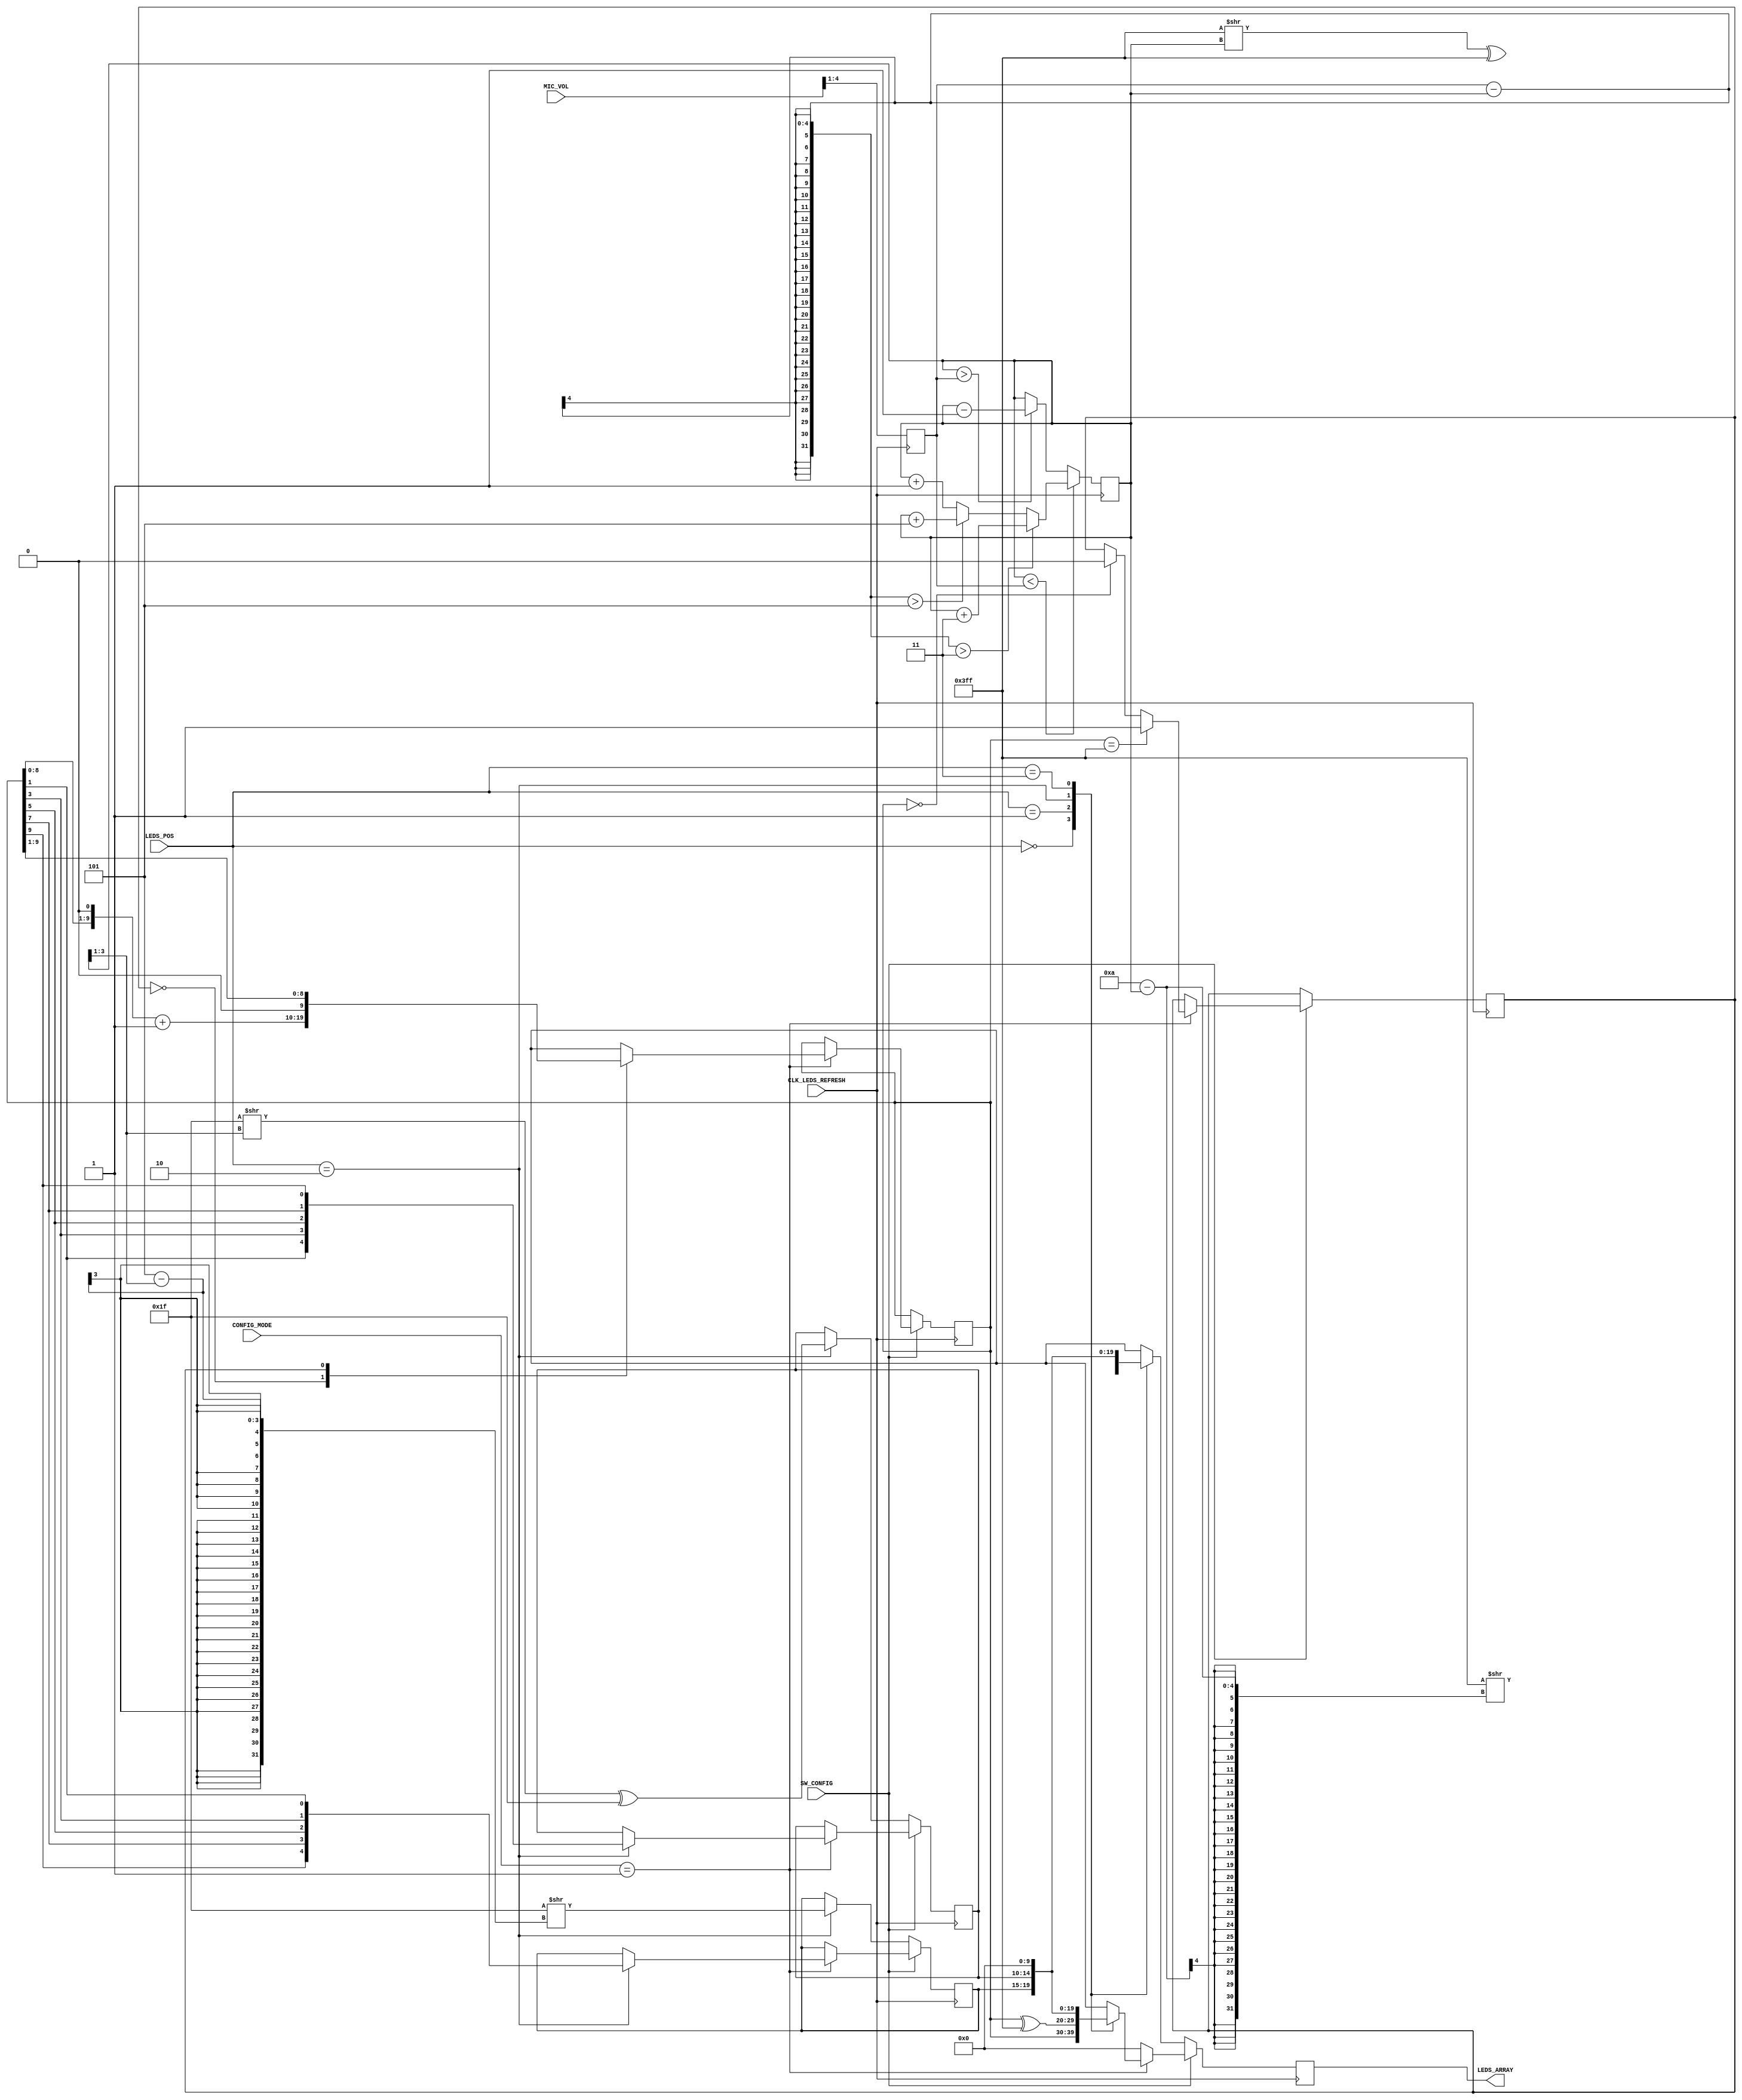
`timescale 1ns / 1ps
//////////////////////////////////////////////////////////////////////////////////
// Company: 
// Engineer: 
// 
// Design Name: 
// Module Name: Leds_Array
// Project Name: 
// Target Devices: 
// Tool Versions: 
// Description: 
// 
// Dependencies: 
// 
// Revision:
// Revision 0.01 - File Created
// Additional Comments:
// 
//////////////////////////////////////////////////////////////////////////////////

module Leds_Array(
    input CLK_LEDS_REFRESH,
    input SW_CONFIG,
    input [1:0] CONFIG_MODE,
    input [4:0] MIC_VOL,
    input [1:0] LEDS_POS,
    output reg [9:0] LEDS_ARRAY = 0
    );
    
    parameter ALL_LEDS_OFF = 10'b0000000000;
    parameter ALL_LEDS_ON = 10'b1111111111;
    parameter HALF_LEDS_ON = 5'b11111;
    
    parameter RIGHT = 0;
    parameter LEFT = 1;
    parameter CENTER = 2;
    parameter OFF = 3;
    
    reg [4:0] center_r = 0;
    reg [4:0] center_l = 0;

    reg config_dir = 0;
    reg [9:0] config_leds = 0;
    
    reg [3:0] tmp_vol = 0;
    reg [3:0] current_vol = 0;
    
    always @ (posedge CLK_LEDS_REFRESH) begin
        if (SW_CONFIG == 0) begin   // Volume indicator program.
            case (LEDS_POS)
                RIGHT: LEDS_ARRAY <= (ALL_LEDS_ON >> (10 - current_vol));
                LEFT: LEDS_ARRAY <= ((ALL_LEDS_ON >> current_vol) ^ ALL_LEDS_ON);
                CENTER: begin
                    center_r <= (HALF_LEDS_ON >> (5 - (current_vol >> 1)));
                    center_l <= ((HALF_LEDS_ON >> (current_vol >> 1)) ^ HALF_LEDS_ON);
                    LEDS_ARRAY <= {center_r, center_l};
                end
                OFF: LEDS_ARRAY = ALL_LEDS_OFF;
            endcase
        end
        else begin  // Configuration mode.
            if (CONFIG_MODE == 2'b01) begin     // LEDs config menu.
                case (config_dir)
                    0: config_leds <= ((config_leds << 1) + 1);
                    1: config_leds <= (config_leds >> 1);
                endcase
                
                config_dir <= (config_leds == ALL_LEDS_ON) ? 1 :
                              (config_leds == ALL_LEDS_OFF) ? 0 :
                              (config_dir);
                
                case (LEDS_POS)
                    RIGHT: LEDS_ARRAY <= config_leds;
                    LEFT: LEDS_ARRAY <= (config_leds ^ ALL_LEDS_ON);
                    CENTER: begin
                        center_l <= {config_leds[1], config_leds[3], config_leds[5], 
                            config_leds[7], config_leds[9]};
                        center_r <= {config_leds[9], config_leds[7],
                           config_leds[5], config_leds[3], config_leds[1]};
                        LEDS_ARRAY <= {center_r, center_l};
                    end
                    OFF: LEDS_ARRAY <= ALL_LEDS_OFF;
                endcase
            end
            else begin  // Any other configuration menu.
                LEDS_ARRAY <= 0;
            end
        end
    end
    
    // Allows for a smooth transition between volume levels of the
    // LEDs volume indicator.
    always @ (posedge CLK_LEDS_REFRESH) begin
        tmp_vol <= (MIC_VOL >> 1);    // limit volume range (0 to 10)
    
        if (current_vol < tmp_vol) begin
            if ((tmp_vol - current_vol) > 3)
                current_vol <= current_vol + 3;
            else if ((tmp_vol - current_vol) > 5)
                current_vol <= current_vol + 5;
            else
                current_vol <= current_vol + 1;
        end
        else if (current_vol > tmp_vol) begin
            current_vol <= current_vol - 1;
        end
    end
    
endmodule